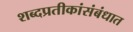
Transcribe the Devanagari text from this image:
शब्दप्रतीकांसंबंधात